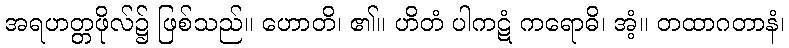
အရဟတ္တဖိုလ်၌ ဖြစ်သည်။ ဟောတိ၊ ၏။ ဟိတံ ပါကဋံ ကရောဓိ၊ အံ့။ တထာဂတာနံ၊